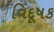
વિદૂષક